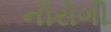
નીરોગી